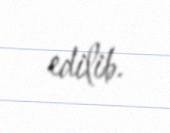
edilib.